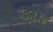
૭૪૭